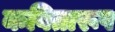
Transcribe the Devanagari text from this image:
कवितारूप